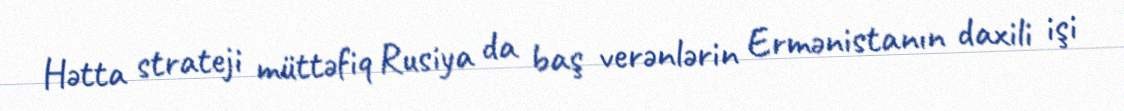
Hətta strateji müttəfiq Rusiya da baş verənlərin Ermənistanın daxili işi